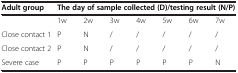
| Adult group | <COLSPAN=7> The day of sample collected (D)/testing result (N/P) |
 | --- | --- | --- | --- | --- | --- | --- | --- |
 |  | 1w | 2w | 3w | 4w | 5w | 6w | 7w |
 | Close contact 1 | P | N | / | / | / | / | / |
 | Close contact 2 | P | N | / | / | / | / | / |
 | Severe case | P | P | P | P | P | P | N |